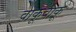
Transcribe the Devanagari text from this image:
वाकूवाकू